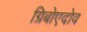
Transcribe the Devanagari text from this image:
ग्रिबोएदोव